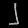
Digit: ၂